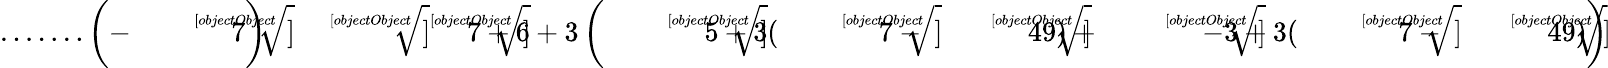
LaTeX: {\mathrm{.......}}\left(-{\sqrt[[objectObject]]{7}}\right){\sqrt[[objectObject]]{{\sqrt[[objectObject]]{7}}+6+3\left({\sqrt[[objectObject]]{5+3({\sqrt[[objectObject]]{7}}-{\sqrt[[objectObject]]{49}})}}+{\sqrt[[objectObject]]{-3+3({\sqrt[[objectObject]]{7}}-{\sqrt[[objectObject]]{49}})}}\right)}}